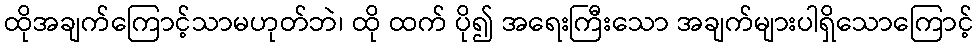
ထိုအချက်ကြောင့်သာမဟုတ်ဘဲ၊ ထို ထက် ပို၍ အရေးကြီးသော အချက်များပါရှိသောကြောင့်